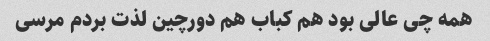
همه چی عالی بود هم کباب هم دورچین لذت بردم مرسی